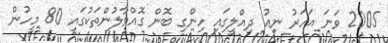
2005 ވަނަ އަހަރު ނިއު ދިއްލީގައި ހިންގި ބޮން ގޮއްވާލުންތަކުގައި 80 މީހުން